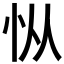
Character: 𰑅